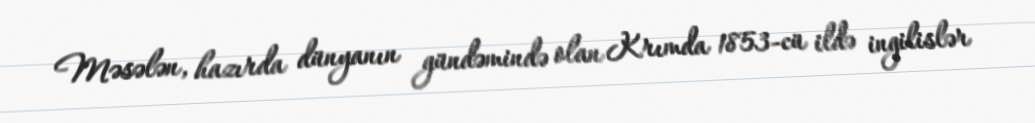
Məsələn, hazırda dünyanın gündəmində olan Krımda 1853-cü ildə ingilislər